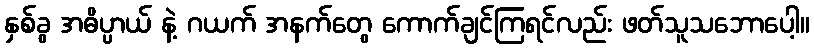
နှစ်ခွ အဓိပ္ပာယ် နဲ့ ဂယက် အနက်တွေ ကောက်ချင်ကြရင်လည်း ဖတ်သူသဘောပေါ့။